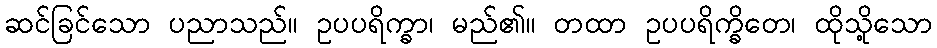
ဆင်ခြင်သော ပညာသည်။ ဥပပရိက္ခာ၊ မည်၏။ တထာ ဥပပရိက္ခိတေ၊ ထိုသို့သော